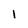
Character: 1